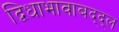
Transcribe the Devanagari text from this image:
द्विधाभावाबद्द्ल